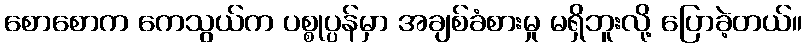
စောစောက ကေသွယ်က ပစ္စုပ္ပန်မှာ အချစ်ခံစားမှု မရှိဘူးလို့ ပြောခဲ့တယ်။